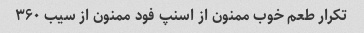
تکرار طعم خوب ممنون از اسنپ فود ممنون از سیب ۳۶۰